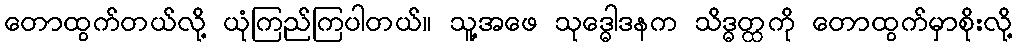
တောထွက်တယ်လို့ ယုံကြည်ကြပါတယ်။ သူ့အဖေ သုဒ္ဓေါဒနက သိဒ္ဓတ္ထကို တောထွက်မှာစိုးလို့